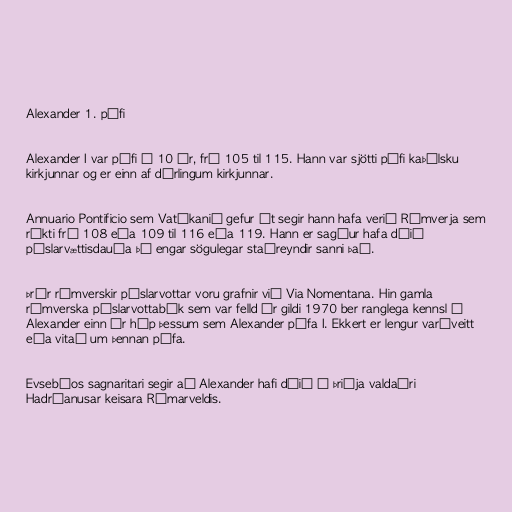
Alexander 1. páfi

Alexander I var páfi í 10 ár, frá 105 til 115. Hann var sjötti páfi kaþólsku
kirkjunnar og er einn af dýrlingum kirkjunnar.

Annuario Pontificio sem Vatíkanið gefur út segir hann hafa verið Rómverja sem
ríkti frá 108 eða 109 til 116 eða 119. Hann er sagður hafa dáið
píslarvættisdauða þó engar sögulegar staðreyndir sanni það.

Þrír rómverskir píslarvottar voru grafnir við Via Nomentana. Hin gamla
rómverska píslarvottabók sem var felld úr gildi 1970 ber ranglega kennsl á
Alexander einn úr hóp þessum sem Alexander páfa I. Ekkert er lengur varðveitt
eða vitað um þennan páfa.

Evsebíos sagnaritari segir að Alexander hafi dáið á þriðja valdaári
Hadríanusar keisara Rómarveldis.